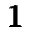
\pmb { 1 }